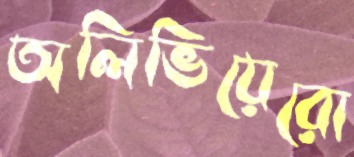
অলিভিয়েরো